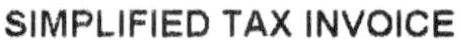
SIMPLIFIED TAX INVOICE